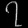
Digit: ၇